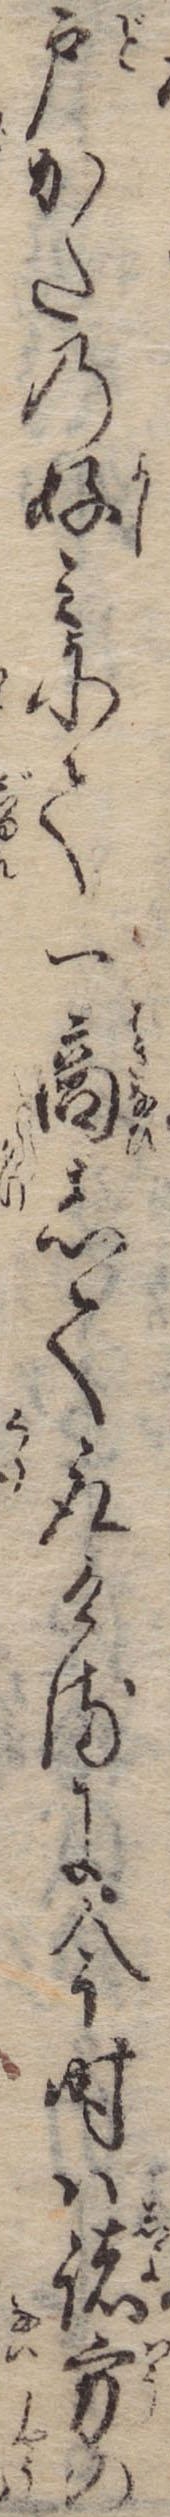
戸かたの好みにて一商して取けるに今時は諸方の